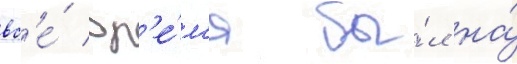
вс'е́ вр'е́м'я бы́л на́